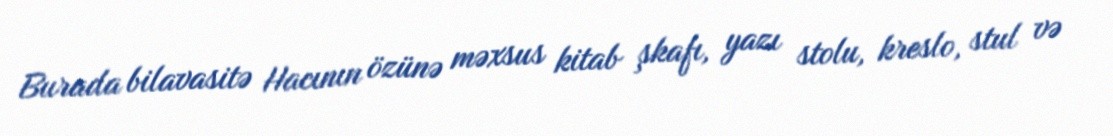
Burada bilavasitə Hacının özünə məxsus kitab şkafı, yazı stolu, kreslo, stul və